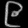
Digit: ၉